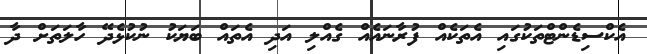
އެކްސިޑެންޓްތަކުގައި އެތަކެއް ފުރާނައެއް ގެއްލި އަދި އެތައް ބަޔަކު ނުކުޅެދޭ ހާލަތަށް ދާ